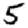
Digit: 5